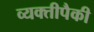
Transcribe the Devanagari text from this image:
व्यक्तीपैकी